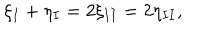
\xi _ { I } + \eta _ { I } = 2 \xi _ { I I } = 2 \eta _ { I I } ,